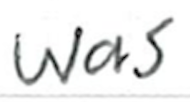
Text: was
Cross-out: clean
Writing tool: ballpoint